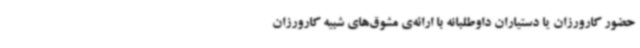
حضور کارورزان یا دستیاران داوطلبانه با ارائه‌ی مشوق‌های شبیه کارورزان